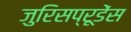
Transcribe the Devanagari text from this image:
जुरिसप्रूडेंस